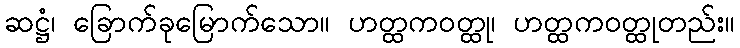
ဆဋ္ဌံ၊ ခြောက်ခုမြောက်သော။ ဟတ္ထကဝတ္ထု၊ ဟတ္ထကဝတ္ထုတည်း။